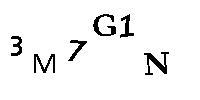
3M7G1N